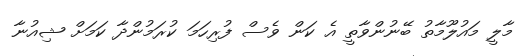
މާލީ މައުލޫމާތު ބޭނުންވާތީ އެ ކަން ވެސް ފުރިހަމަ ކުރަމުންދާ ކަމަށް ޝިއުނާ